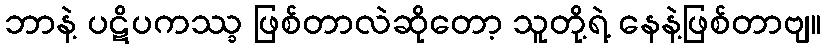
ဘာနဲ့ ပဋိပကဿ္ခ ဖြစ်တာလဲဆိုတော့ သူတို့ရဲ့ နေနဲ့ဖြစ်တာဗျ။